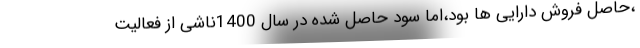
،حاصل فروش دارایی ها بود،اما سود حاصل شده در سال 1400ناشی از فعالیت